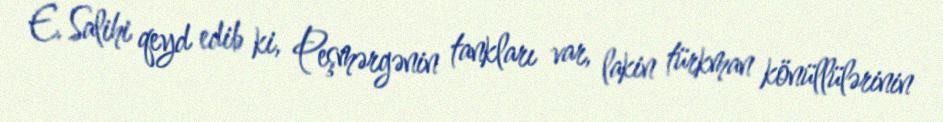
E. Salihi qeyd edib ki, Peşmərgənin tankları var, lakin türkman könüllülərinin